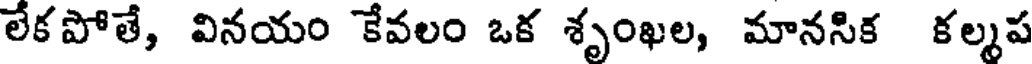
లేక పోతే, వినయం కేవలం ఒక శృంఖల, మానసిక కల్మప